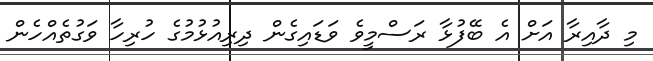
މި ދާއިރާ އަށް އެ ބޭފުޅާ ރަސްމީވެ ވަޑައިގެން ދިރިއުޅުމުގެ ހުރިހާ ވަގުތެއްހެން